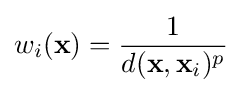
w_{i}(\mathbf {x} )={\frac {1}{d(\mathbf {x} ,\mathbf {x} _{i})^{p}}}